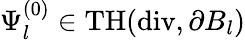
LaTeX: \Psi_{l}^{(0)}\in\mathrm{TH}(\mathrm{div},\partial B_{l})